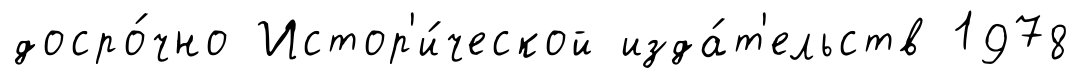
досро́чно Истор'и́ческой изда́т'ельств 1978